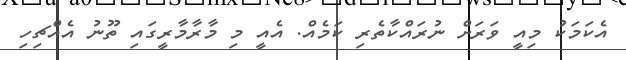
އެކަމަކު މިއީ ވަރަށް ނުރައްކާތެރި ކަމެއް. އެއީ މި މާރާމާރީގައި ތޫނު އެއްޗިހި